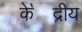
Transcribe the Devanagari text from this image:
के॓द्रीय